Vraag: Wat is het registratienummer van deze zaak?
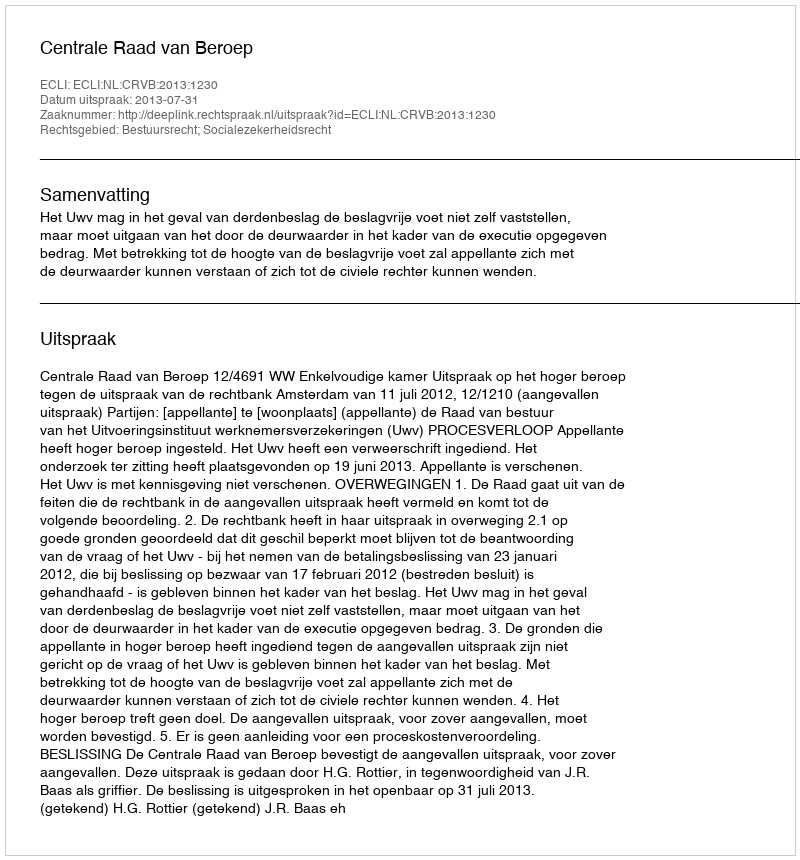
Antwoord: http://deeplink.rechtspraak.nl/uitspraak?id=ECLI:NL:CRVB:2013:1230